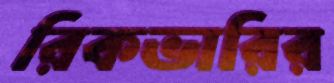
রিকভারির